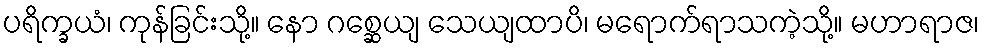
ပရိက္ခယံ၊ ကုန်ခြင်းသို့။ နော ဂစ္ဆေယျ သေယျထာပိ၊ မရောက်ရာသကဲ့သို့။ မဟာရာဇ၊